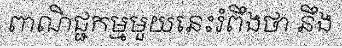
ពាណិជ្ជកម្មមួយនេះរំពឹងថា នឹង